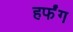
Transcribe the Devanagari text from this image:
हर्फंग